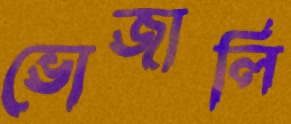
ভোজালি